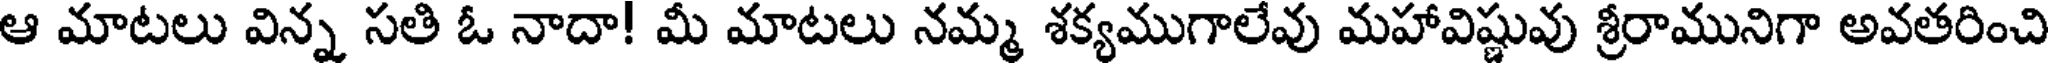
ఆ మాటలు విన్న సతి ఓ నాదా! మీ మాటలు నమ్మ శక్యముగాలేవు మహావిష్ణువు శ్రీరామునిగా అవతరించి